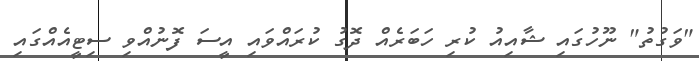
"ވަގުތު" ނޫހުގައި ޝާއިއު ކުރި ހަބަރެއް ދޮގު ކުރައްވައި އީސަ ފޮނުއްވި ސިޓީއެއްގައި